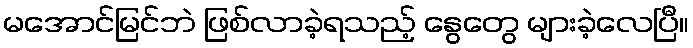
မအောင်မြင်ဘဲ ဖြစ်လာခဲ့ရသည့် နွေတွေ များခဲ့လေပြီ။